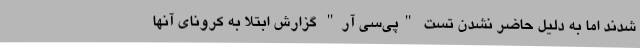
شدند اما به دلیل حاضر نشدن تست "پی‌سی آر" گزارش ابتلا به کرونای آنها